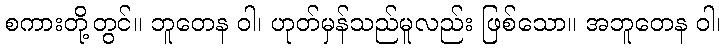
စကားတို့တွင်။ ဘူတေန ဝါ၊ ဟုတ်မှန်သည်မူလည်း ဖြစ်သော။ အဘူတေန ဝါ၊